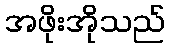
အဖိုးအိုသည်